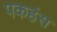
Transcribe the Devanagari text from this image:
पकहंस